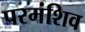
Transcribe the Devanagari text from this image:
परमंशिव